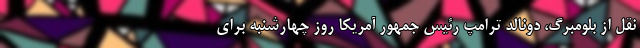
نقل از بلومبرگ، دونالد ترامپ رئیس جمهور آمریکا روز چهارشنبه برای